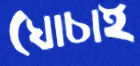
ঘোচাই